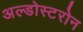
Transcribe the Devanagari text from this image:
अल्डोस्टरोन